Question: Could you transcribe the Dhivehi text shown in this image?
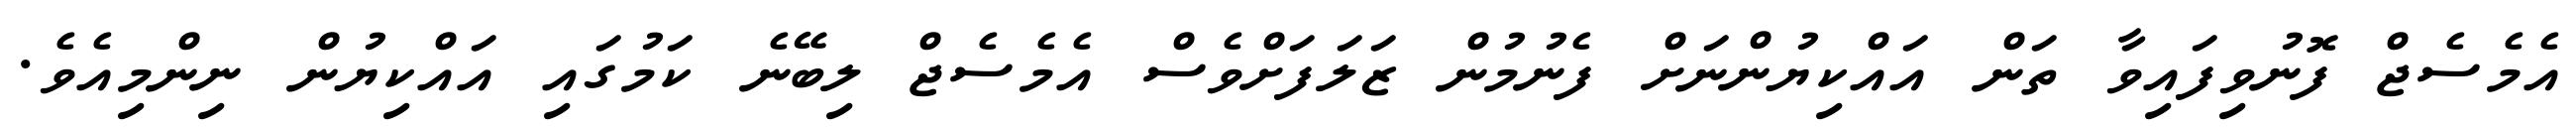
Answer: އެމެސެޖް ފޮނުވިފައިވާ ތަން އައްކިޔުންނަށް ފެނުމުން ޒަލަފަށްވެސް އެމެސެޖް ލިބޭނެ ކަމުގައި އައްކިޔުން ނިންމިއެވެ.